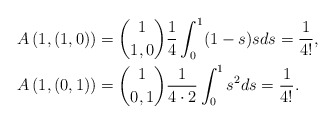
\begin{align*}A\left(1,(1,0)\right)&={1 \choose 1,0}\frac{1}{4}\int_{0}^1(1-s)sds=\frac{1}{4!}, \\ A\left(1,(0,1)\right)&={1 \choose 0,1}\frac{1}{4\cdot 2}\int_{0}^1s^2ds=\frac{1}{4!}.\end{align*}